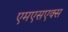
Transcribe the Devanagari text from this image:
एमएसएक्स